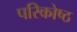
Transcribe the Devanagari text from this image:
परिकोष्‍ठ